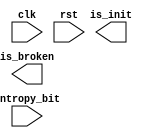
// Built-In Self Test unit

module bist (
    input clk,
    input rst,

    input entropy_bit,

    output is_broken,
    output is_init
);
  reg [63:0] bitvec;
  reg is_filling;
  reg [7:0] filling_status;

  initial begin
    bitvec = 0;
    is_filling = 1;
    filling_status = 0;
  end

  always @ (posedge clk) begin
    if (is_filling) begin
      filling_status = filling_status + 1;
      if (filling_status == 0) begin
          is_filling = 0;
      end
    end
    bitvec = (bitvec << 1) | { 63'b0, entropy_bit};
  end

endmodule

module bist_wrapper (
  input clk,
  input rst,

  input entropy_bit,

  output [1:0] state
);

endmodule